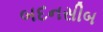
બદનસીબ